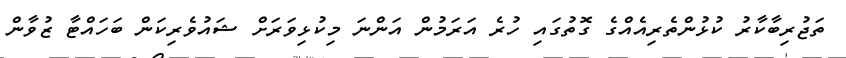
ތަޖުރިބާކާރު ކުޅުންތެރިއެއްގެ ގޮތުގައި ހުރެ އަރަމުން އަންނަ މިކުޅިވަރަށް ޝައުވެރިކަން ބަހައްޓާ ޒުވާން